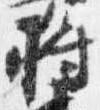
将